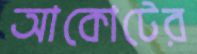
আকোটের